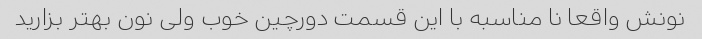
نونش واقعا نا مناسبه با این قسمت دورچین خوب ولی نون بهتر بزارید